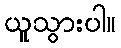
ယူသွားပါ။